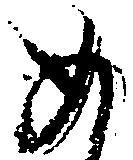
め